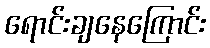
ရောင်းချနေကြောင်း